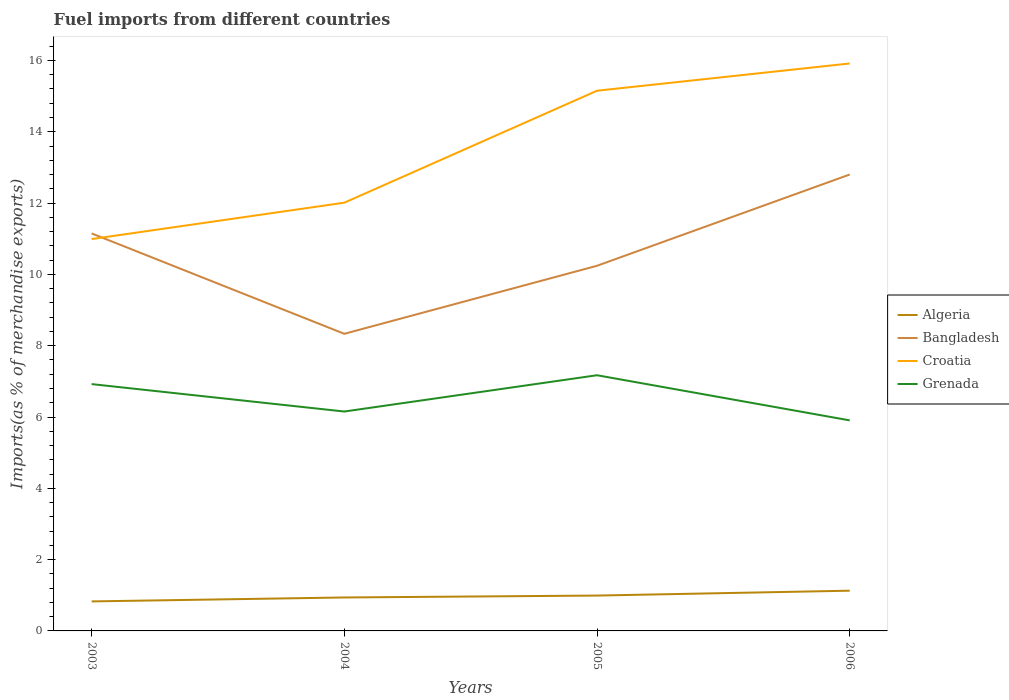
| Years | Algeria | Bangladesh | Croatia | Grenada |
 | --- | --- | --- | --- | --- |
 | 2003 | 0.828 | 11.1 | 11 | 6.92 |
 | 2004 | 0.938 | 8.33 | 12 | 6.15 |
 | 2005 | 0.992 | 10.2 | 15.2 | 7.17 |
 | 2006 | 1.13 | 12.8 | 15.9 | 5.91 |